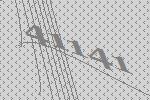
41141